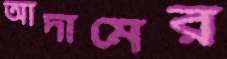
আদামের